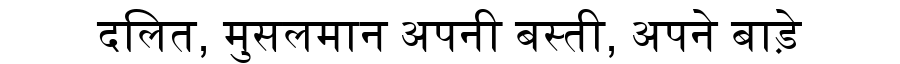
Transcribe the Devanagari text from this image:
दलित, मुसलमान अपनी बस्ती, अपने बाड़े